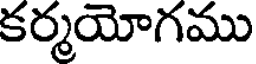
కర్మయోగము